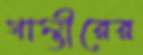
গাম্ভীরের